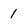
Character: 1